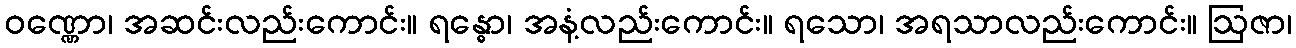
ဝဏ္ဏော၊ အဆင်းလည်းကောင်း။ ရန္ဓော၊ အနံ့လည်းကောင်း။ ရသော၊ အရသာလည်းကောင်း။ ဩဇာ၊